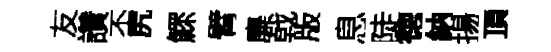
友讚丕尻鰥臂麋㦸版息陡徳納揚頂